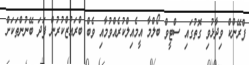
ފްރޭންކް ވިދާޅުވި ގޮތުގައި ސްޓީވް ބޯލްމާ އީމެއިލްކުރެއްވުމާއި ވެބް ބްރައުޒްކުރުން ފަދަ ބޭނުންތަކަށް